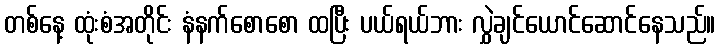
တစ်နေ့ ထုံးစံအတိုင်း နံနက်စောစော ထပြီး ပယ်ရယ်ဘား လွှဲချင်ယောင်ဆောင်နေသည်။